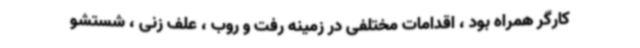
کارگر همراه بود ، اقدامات مختلفی در زمینه رفت و روب ، علف زنی ، شستشو